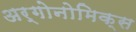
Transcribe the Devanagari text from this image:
अर्गोनोमिक्स